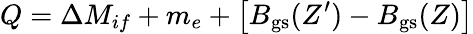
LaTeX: Q=\Delta M_{if}+m_{e}+\left[B_{\textrm{gs}}(Z^{\prime})-B_{\textrm{gs}}(Z)\right]